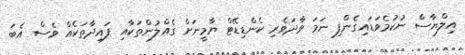
އިލްޔާސް ނުކުމެވަޑައިގެންފި ނަމަ ވާދަވެރި ކެންޑިޑޭޓް ޔާމީނަށް ގެއްލުންތަކާއި ފައިދާތަކެއް ވެސް އެބަ